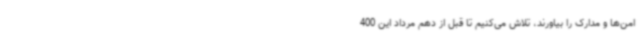
امن‌ها و مدارک را بیاورند، تلاش می‌کنیم تا قبل از دهم مرداد این 400